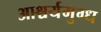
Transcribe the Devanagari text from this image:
आश्चर्यमुग्ध